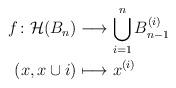
LaTeX: \begin{align*}f\colon \mathcal{H}(B_n) &\longrightarrow \bigcup_{i=1}^n B_{n-1}^{(i)}\\(x,x\cup{i})&\longmapsto x^{(i)}\end{align*}